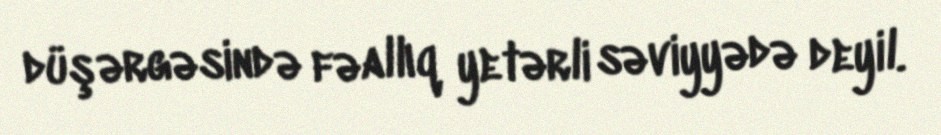
düşərgəsində fəallıq yetərli səviyyədə deyil.